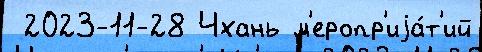
 2023-11-28 Чхань м'еропр'иjа́т'ий